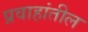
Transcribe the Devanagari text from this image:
प्रवाहांतील